Lunatic asylums in Bengal annual reports 1888-1898 - 1888-1898
Year: 1888
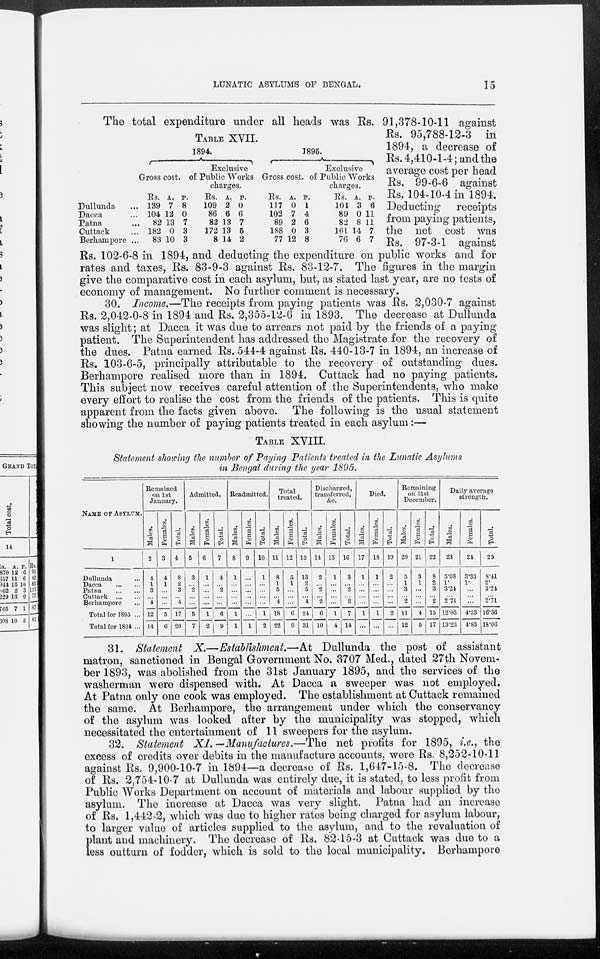
LUNATIC ASYLUMS OF BENGAL.
15
TABLE XVII.
Dullunda ...
Dacca ...
Patna ...
Cuttack ...
Berhampore ...
1894.
Gross cost.
Rs.
139
104
82
182
83
A.
7
12
13
0
10
P.
8
0
7
3
3
Exclusive
of Public Works
charges.
Rs.
109
86
82
172
8
A.
2
6
13
13
14
P.
0
6
7
5
2
1895.
Gross cost.
Rs.
117
102
89
188
77
A.
0
7
2
0
12
Exclusive
of Public Works
charges.
P.
1
4
6
3
8
Rs.
104
89
82
161
76
A.
3
0
8
14
6
P.
6
11
11
7
7
The total expenditure under all heads was Rs. 91,378-10-11 against
Rs. 95,788-12-3 in
1894, a decrease of
Rs. 4,410-1-4; and the
average cost per head
Rs. 99-6-6 against
Rs. 104-10-4 in 1894.
Deducting receipts
from paying patients,
the net cost was
Rs. 97-3-1 against
Rs. 102-6-8 in 1894, and deducting the expenditure on public works and for
rates and taxes, Rs. 83-9-3 against Rs. 83-12-7. The figures in the margin
give the comparative cost in each asylum, but, as stated last year, are no tests of
economy of management. No further comment is necessary.
30. Income.—The receipts from paying patients was Rs. 2,030-7 against
Rs. 2,042-0-8 in 1894 and Rs. 2,355-12-6 in 1893. The decrease at Dullunda
was slight; at Dacca it was due to arrears not paid by the friends of a paying
patient. The Superintendent has addressed the Magistrate for the recovery of
the dues. Patna earned Rs. 544-4 against Rs. 440-13-7 in 1894, an increase of
Rs. 103-6-5, principally attributable to the recovery of outstanding dues.
Berhampore realised more than in 1894. Cuttack had no paying patients.
This subject now receives careful attention of the Superintendents, who make
every effort to realise the cost from the friends of the patients. This is quite
apparent from the facts given above. The following is the usual statement
showing the number of paying patients treated in each asylum:—
TABLE XVIII.
Statement showing the number of Paying Patients treated in the Lunatic Asylums
in Bengal during the year 1895.
NAME OF ASYLUM.
1
Dullunda ...
Dacca
...
...
Patna
...
...
Cuttack ... ...
Berhampore ...
Total for 1895 ...
Total for 1894 ...
Remained
on 1st
January.
Males.
2
4
1
3
...
4
12
14
Females.
3
4
1
...
...
...
5
6
Total.
4
8
2
3
... 4
17
20
Admitted.
Males.
5
3
...
2
...
...
5
7
Females.
6
1
...
...
...
...
1
2
Total.
7
4
...
2
...
...
6
9
Readmitted.
Males.
8
1
...
...
...
...
1
1
Females.
9
...
...
... ...
...
...
1
Total.
10
1
...
...
...
...
1
2
Total
treated.
Males.
11
8
1
5
... 4
18
22
Females.
12
5
1
...
...
...
6
9
Total.
13
13
2
5
...
4
24
31
Discharged,
transferred,
&c.
Males.
14
2
...
2
... 2
6
10
Females.
15
1
...
...
...
...
1
4
Total.
16
3
... 2
... 2
7
14
Died.
Males.
17
1
...
...
...
...
1
...
Females.
18
1
...
...
...
...
1
...
Total.
19
2
...
...
...
...
2
...
Remaining
on 31st
December.
Males.
20
5
1
3
... 2
11
12
Females.
21
3
1
...
...
4
5
Total.
22
8
2
3
... 2
15
17
Daily average
strength.
Males.
23
5.08
1.
3.24
...
2.71
12.03
13.23
Females.
24
3.33
1.
...
...
...
4.33
4.83
Total.
25
8.41
2.
3.24
...
2.71
16.36
18.06
31. Statement X.—Establishment.—At Dullunda the post of assistant
matron, sanctioned in Bengal Government No. 3707 Med., dated 27th Novem-
ber 1893, was abolished from the 31st January 1895, and the services of the
washerman were dispensed with. At Dacca a sweeper was not employed.
At Patna only one cook was employed. The establishment at Cuttack remained
the same. At Berhampore, the arrangement under which the conservancy
of the asylum was looked after by the municipality was stopped, which
necessitated the entertainment of 11 sweepers for the asylum.
32. Statement XI.—Manufactures.—The
net profits for 1895, i.e., the
excess of credits over debits in the manufacture accounts, were Rs. 8,252-10-11
against Rs. 9,900-10-7 in 1894—a decrease of Rs. 1,647-15-8. The decrease
of Rs. 2,754-10-7 at Dullunda was entirely due, it is stated, to less profit from
Public Works Department on account of materials and labour supplied by the
asylum. The increase at Dacca was very slight. Patna had an increase
of Rs. 1,442-2, which was due to higher rates being charged for asylum labour,
to larger value of articles supplied to the asylum, and to the revaluation of
plant and machinery. The decrease of Rs. 82-15-3 at Cuttack was due to a
less outturn of fodder, which is sold to the local municipality. Berhampore